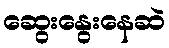
ဆွေးနွေးနေဆဲ